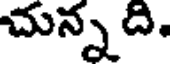
చున్న ది.